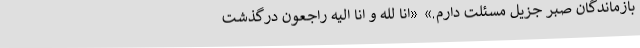
بازماندگان صبر جزیل مسئلت دارم.» «انا لله و انا الیه راجعون درگذشت